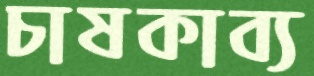
চাষকাব্য